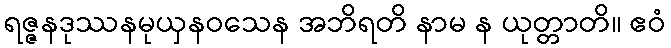
ရဇ္ဇနဒုဿနမုယှနဝသေန အဘိရတိ နာမ န ယုတ္တာတိ။ ဧဝံ